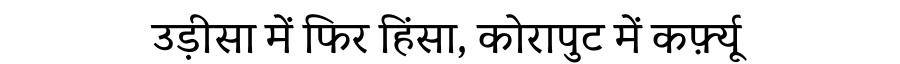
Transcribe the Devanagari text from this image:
उड़ीसा में फिर हिंसा, कोरापुट में कर्फ़्यू